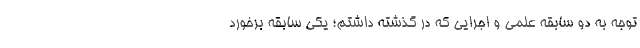
توجه به دو سابقه علمی و اجرایی که در گذشته داشتم؛ یکی سابقه برخورد